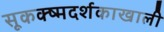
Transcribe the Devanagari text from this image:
सूकक्ष्मदर्शकाखाली